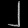
Digit: ၂